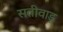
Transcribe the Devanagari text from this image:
सतीवाड़